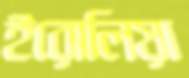
ইরোলিয়া